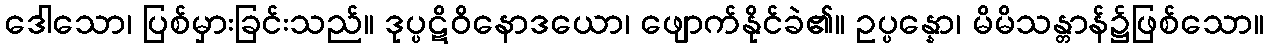
ဒေါသော၊ ပြစ်မှားခြင်းသည်။ ဒုပ္ပဋိဝိနောဒယော၊ ဖျောက်နိုင်ခဲ၏။ ဥပ္ပန္နော၊ မိမိသန္တာန်၌ဖြစ်သော။